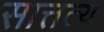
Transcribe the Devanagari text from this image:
सात्तत्य